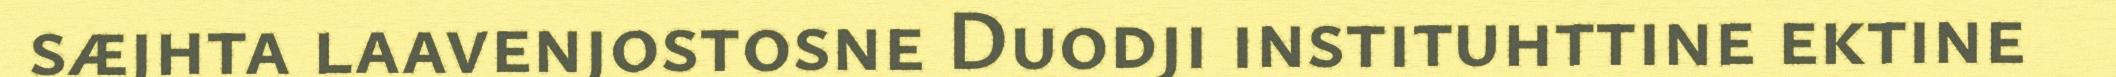
sæjhta laavenjostosne Duodji instituhttine ektine